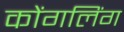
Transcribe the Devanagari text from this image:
कोंगलिंग